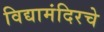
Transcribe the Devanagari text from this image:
विद्यामंदिरचे